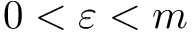
0 < \varepsilon < m